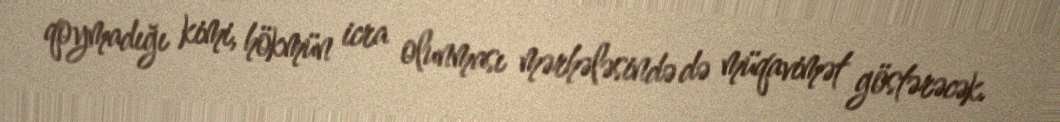
qoymadığı kimi, hökmün icra olunması mərhələsində də müqavimət göstərəcək.